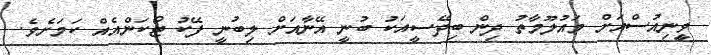
ވީިނިއުސްއަށް މައުލޫމާތު ދިން ބިދޭސީއަކު ބުނީ އޭނާއަށް ލިބުނީ ފޭކު ޓޯކަންއެއް ކަމަށެވެ.